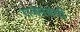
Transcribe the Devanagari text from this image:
राजसंबंधी